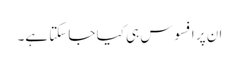
ان پر افسوس ہی کیا جا سکتا ہے۔